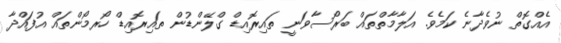
އެއްގޮތް ނުވެދާނެ ކަމެވެ. އަލާމާތްތައް ބަރޯސާވަނީ ތައިރޮއިޑް ގްލޭންޑުން ތައިރޮއިޑް ހޯރމޯންތައް އުފައްދާ